Leaving Certificate Examination (including Day School Certificate (Higher) General paper), 1927
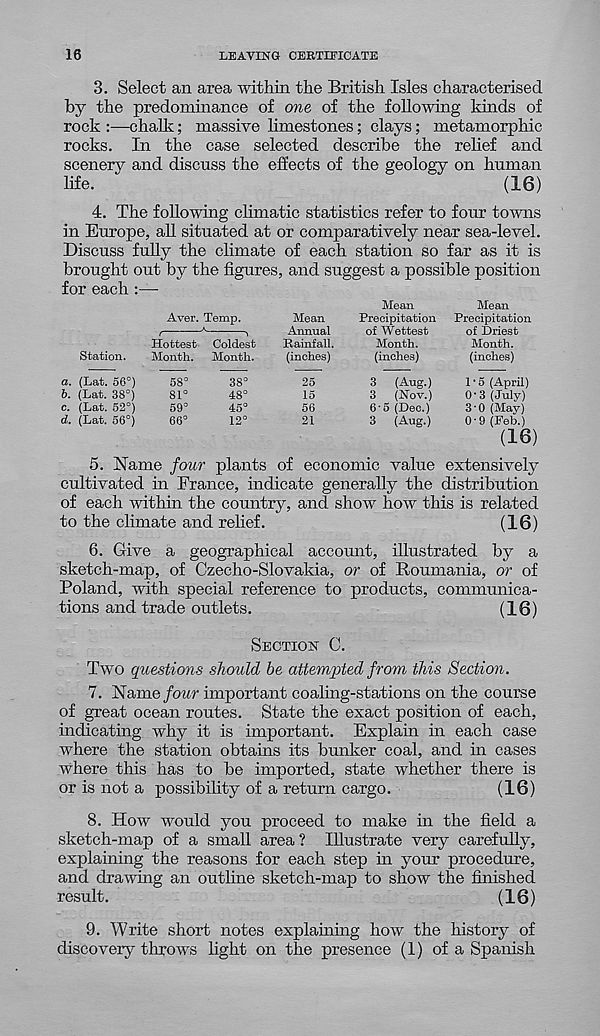
16
LEAVING CERTIFICATE
3. Select an area within the British Isles characterised
by the predominance of one of the following kinds of
rock :—chalk; massive limestones; clays; metamorphic
rocks. In the case selected describe the relief and
scenery and discuss the effects of the geology on human
life.
(16)
4. The following climatic statistics refer to four towns
in Europe, all situated at or comparatively near sea-level.
Discuss fully the climate of each station so far as it is
brought out by the figures, and suggest a possible position
for each :—
Station.
а. (Lat. 56°)
б. (Lat. 38°)
c. (Lat. 52°)
d. (Lat. 56°)
Aver. Temp.
A
<
\
Hottest Coldest
Month. Month.
58°
81°
59°
66°
38°
48°
45°
12°
Mean
Annual
Rainfall.
(inches)
25
15
56
21
Mean
Precipitation
of Wettest
Month,
(inches)
3 (Aug.)
3 (Nov.)
6'5 (Dec.)
3 (Aug.)
Mean
Precipitation
of Driest
Month,
(inches)
1 • 5 (April)
0-3 (July)
3'0 (May)
0-9 (Feb.)
(16)
5. Name four plants of economic value extensively
cultivated in France, indicate generally the distribution
of each within the country, and show how this is related
to the climate and relief.
(16)
6. Give a geographical account, illustrated by a
sketch-map, of Czecho-Slovakia, or of Roumania, or of
Poland, with special reference to products, communica-
tions and trade outlets.
(16)
SECTION C.
Two questions should be attempted from this Section.
7.
Name four important coaling-statio
of great ocean routes. State the exact position of each,
indicating why it is important. Explain in each case
where the station obtains its bunker coal, and in cases
where this has to be imported, state whether there is
or is not a possibility of a return cargo.
(16)
8. How would you proceed to make in the field a
sketch-map of a small area ? Illustrate very carefully,
explaining the reasons for each step in your procedure,
and drawing an outline sketch-map to show the finished
result.
(16)
9. Write short notes explaining how the history of
discovery throws light on the presence (1) of a Spanish